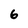
Character: 6